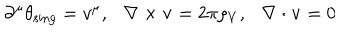
LaTeX: \partial ^ { \mu } \theta _ { \mathrm { s i n g } } = v ^ { \mu } , \ \ \ \nabla \times { \bf v } = 2 \pi \rho _ { V } , \ \ \ \nabla \cdot { \bf v } = 0